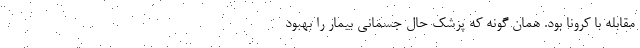
مقابله با کرونا بود. همان گونه که پزشک حال جسمانی بیمار را بهبود